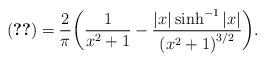
LaTeX: \begin{align*} \eqref{eqq355} = \frac{2}{\pi} \bigg( \frac{1}{x^2+1}-\frac{|x| \sinh^{-1}|x|}{\left(x^2+1\right)^{3/2}} \bigg). \end{align*}